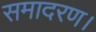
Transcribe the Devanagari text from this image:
समादरण।